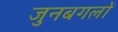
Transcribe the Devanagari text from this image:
जुनबगलों